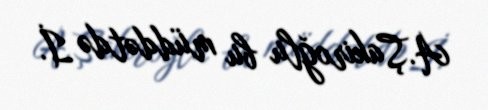
A.Şakiroğlu bu müddətdə İ.